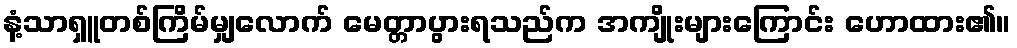
နံ့သာရှူတစ်ကြိမ်မျှလောက် မေတ္တာပွားရသည်က အကျိုးများကြောင်း ဟောထား၏။